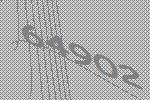
64902